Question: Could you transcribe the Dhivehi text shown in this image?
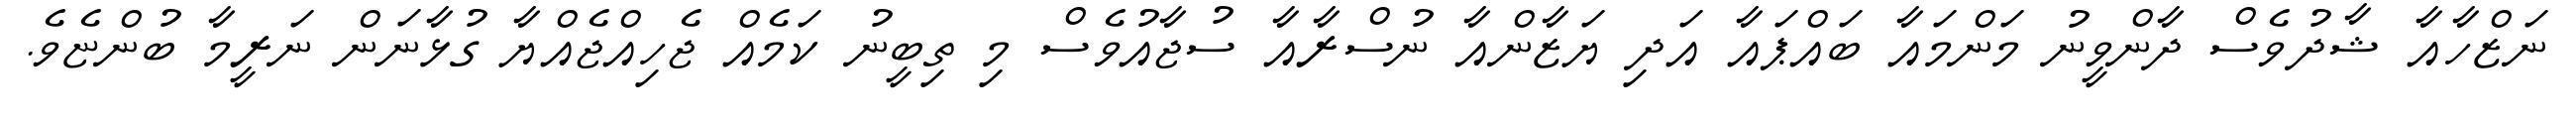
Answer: ނަޒްހާއާ ޝާދުވެސް ދާންވީނު މަންމައާ ބައްޕައާ އަދި ޔަޒާންއާ ނުސްރާއާ ސުޖާއުވެސް މި ތިބީނު ކަމެއް ޖެހިއްޖެއްޔާ ގުޅާނަން ނަރީމާ ބުންޏެވެ.